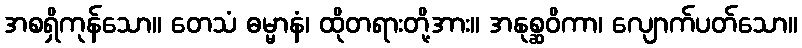
အစရှိကုန်သော။ တေသံ ဓမ္မာနံ၊ ထိုတရားတို့အား။ အနုစ္ဆဝိကာ၊ လျောက်ပတ်သော။